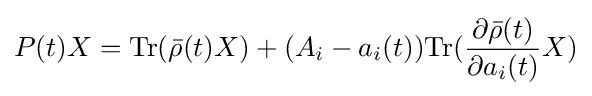
P(t)X={\text{Tr}}({\bar {\rho }}(t)X)+(A_{i}-a_{i}(t)){\text{Tr}}({\frac {\partial {\bar {\rho }}(t)}{\partial a_{i}(t)}}X)